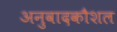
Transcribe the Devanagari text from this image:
अनुवादकौशल